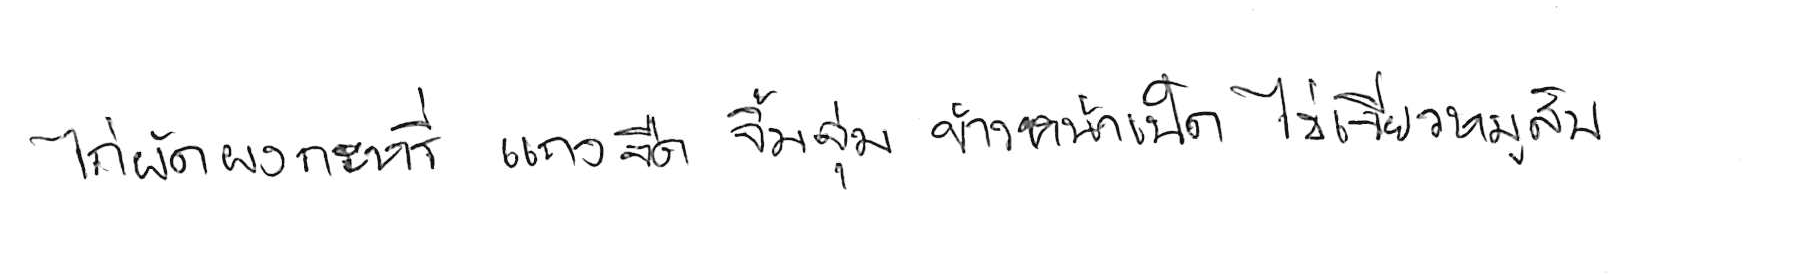
ไก่ผัดผงกะหรี่ แกงจืด จิ้มจุ่ม ข้าวหน้าเป็ด ไข่เจียวหมูสับ